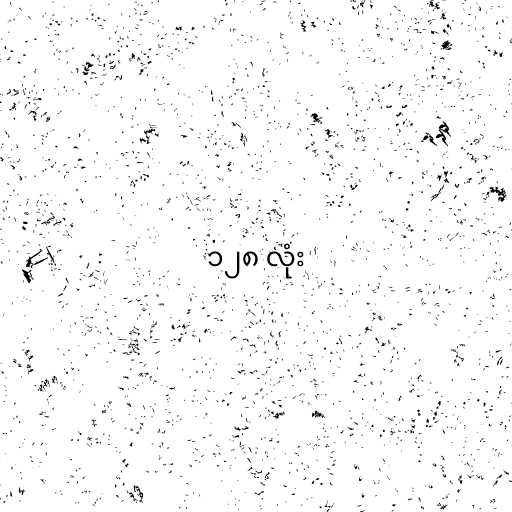
၁၂၈ လုံး